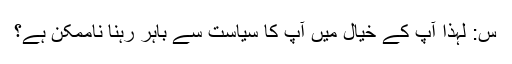
س: لہٰذا آپ کے خیال میں آپ کا سیاست سے باہر رہنا ناممکن ہے؟